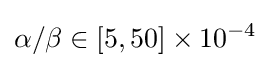
\alpha /\beta \in [5,50]\times 10^{-4}